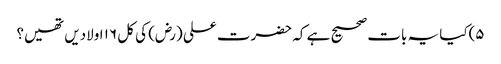
۵)کیا یہ بات صحیح ہے کہ حضرت علی (رض) کی کل ۱۶ اولادیں تھیں؟